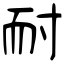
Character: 耐